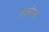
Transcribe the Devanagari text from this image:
ग्लबेरस